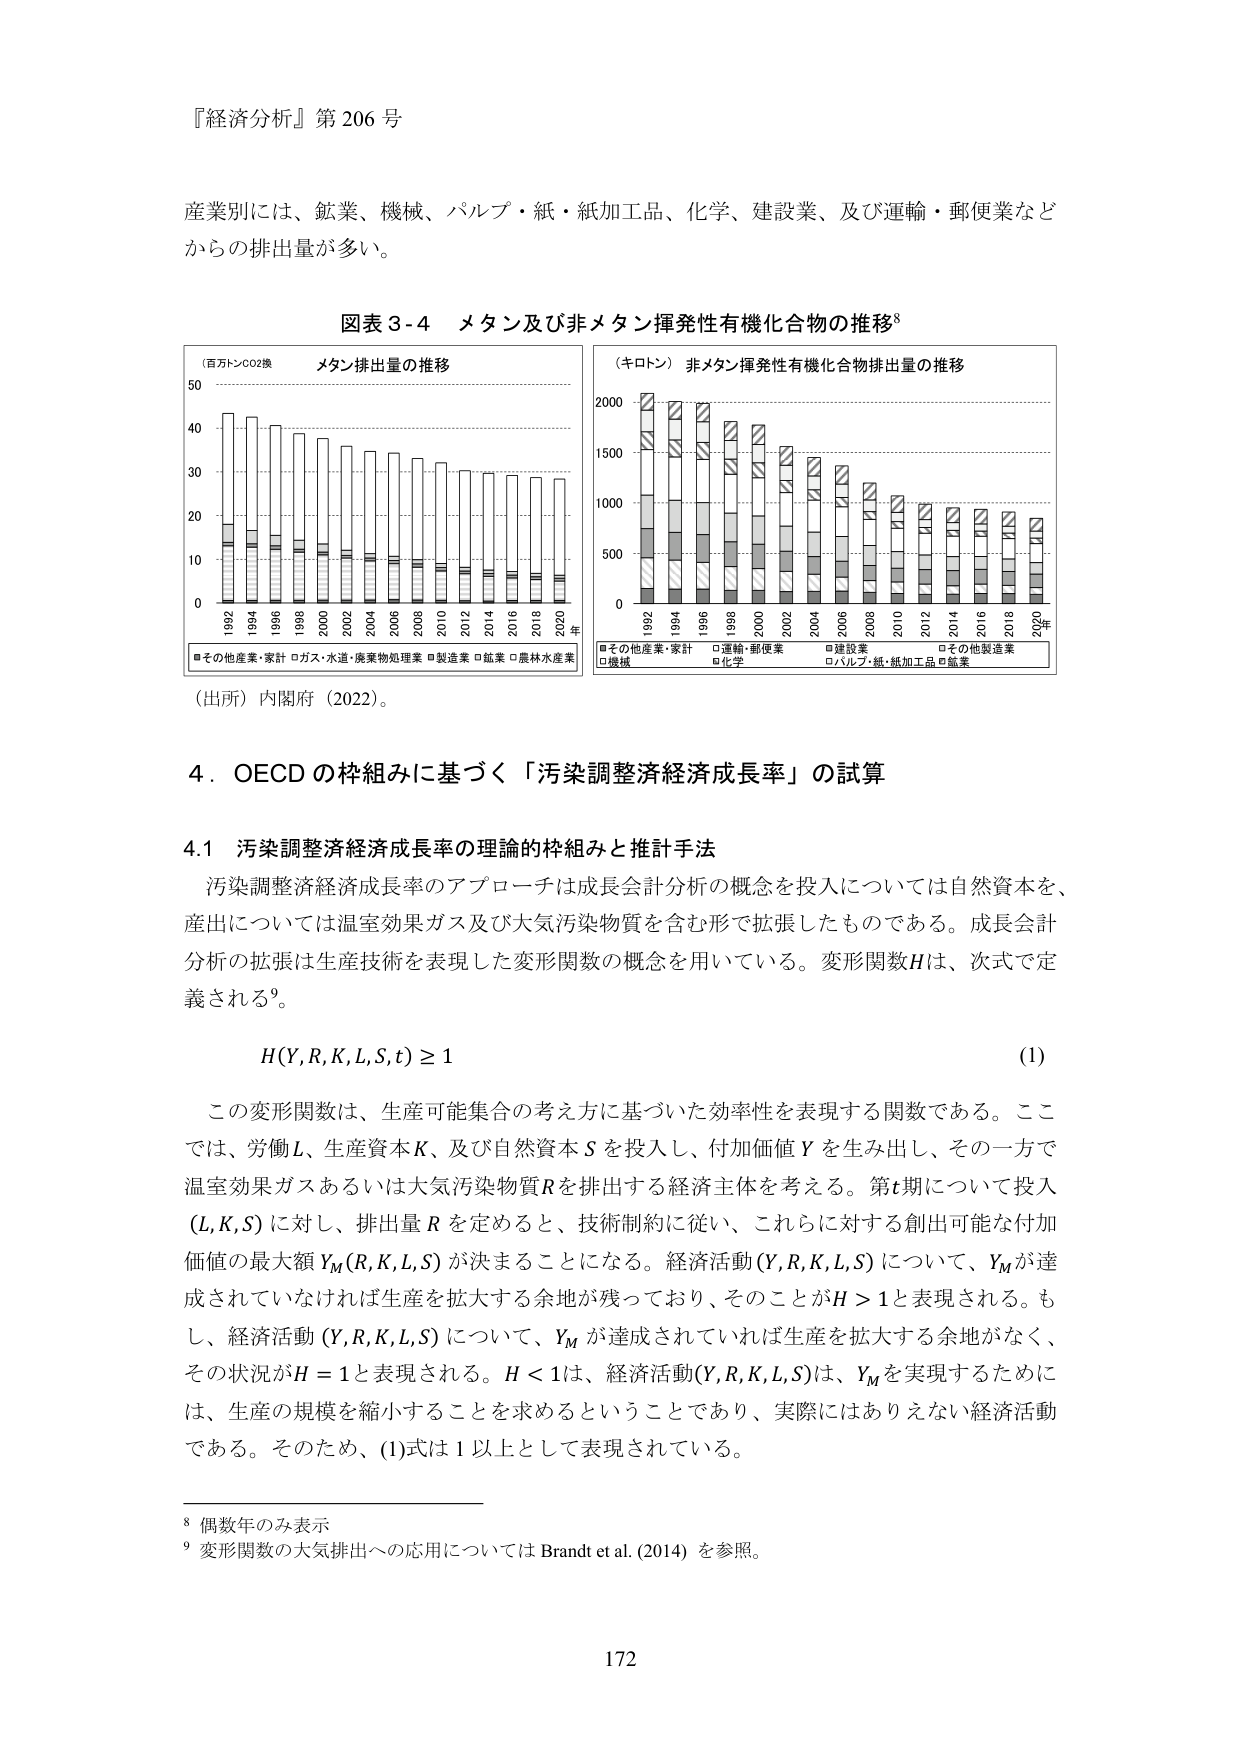
『経済分析』第 206 号

産業別には、鉱業、機械、パルプ・紙・紙加工品、化学、建設業、及び運輸・郵便業などからの排出量が多い。

図表 3-4 メタン及び非メタン揮発性有機化合物の推移⁸

（百万トンCO2換） メタン排出量の推移

50
40
30
20
10
0
1992 1994 1996 1998 2000 2002 2004 2006 2008 2010 2012 2014 2016 2018 2020 年

■その他産業・家計 □ガス・水道・廃棄物処理業 ■製造業 ■鉱業 □農林水産業

（キロトン） 非メタン揮発性有機化合物排出量の推移

2000
1500
1000
500
0
1992 1994 1996 1998 2000 2002 2004 2006 2008 2010 2012 2014 2016 2018 2020 年

■その他産業・家計 □運輸・郵便業 ■建設業 □その他製造業
□機械 ■化学 □パルプ・紙・紙加工品 ■鉱業

（出所）内閣府（2022）。

4．OECD の枠組みに基づく「汚染調整経済成長率」の試算

4.1 汚染調整経済成長率の理論的枠組みと推計手法

汚染調整経済成長率のアプローチは成長会計分析の概念を投入については自然資本を、産出については温室効果ガス及び大気汚染物質を含む形で拡張したものである。成長会計分析の拡張は生産技術を表現した変形関数の概念を用いている。変形関数Hは、次式で定義される⁹。

H(Y,R,K,L,S,t) ≥ 1

この変形関数は、生産可能集合の考え方に基づいた効率性を表現する関数である。ここでは、労働L、生産資本K、及び自然資本Sを投入し、付加価値Yを生み出し、その一方で温室効果ガスあるいは大気汚染物質Rを排出する経済主体を考える。第t期について投入(L,K,S)に対し、排出量Rを定めると、技術制約に従い、これらに対する創出可能な付加価値の最大額Y_M(R,K,L,S)が決まることになる。経済活動(Y,R,K,L,S)について、Y_Mが達成されていなければ生産を拡大する余地が残っており、そのことがH > 1と表現される。もし、経済活動(Y,R,K,L,S)について、Y_Mが達成されていれば生産を拡大する余地がなく、その状況がH = 1と表現される。H < 1は、経済活動(Y,R,K,L,S)は、Y_Mを実現するために、生産の規模を縮小することを求めるということであり、実際にはありえない経済活動である。そのため、(1)式は1以上として表現されている。

⁸ 偶数年のみ表示
⁹ 変形関数の大気排出への応用については Brandt et al. (2014) を参照。

172